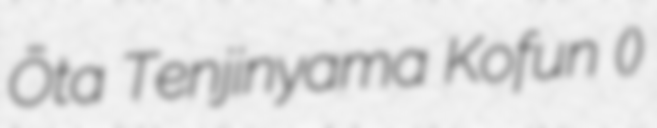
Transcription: Ōta Tenjinyama Kofun (太田天神山古墳)